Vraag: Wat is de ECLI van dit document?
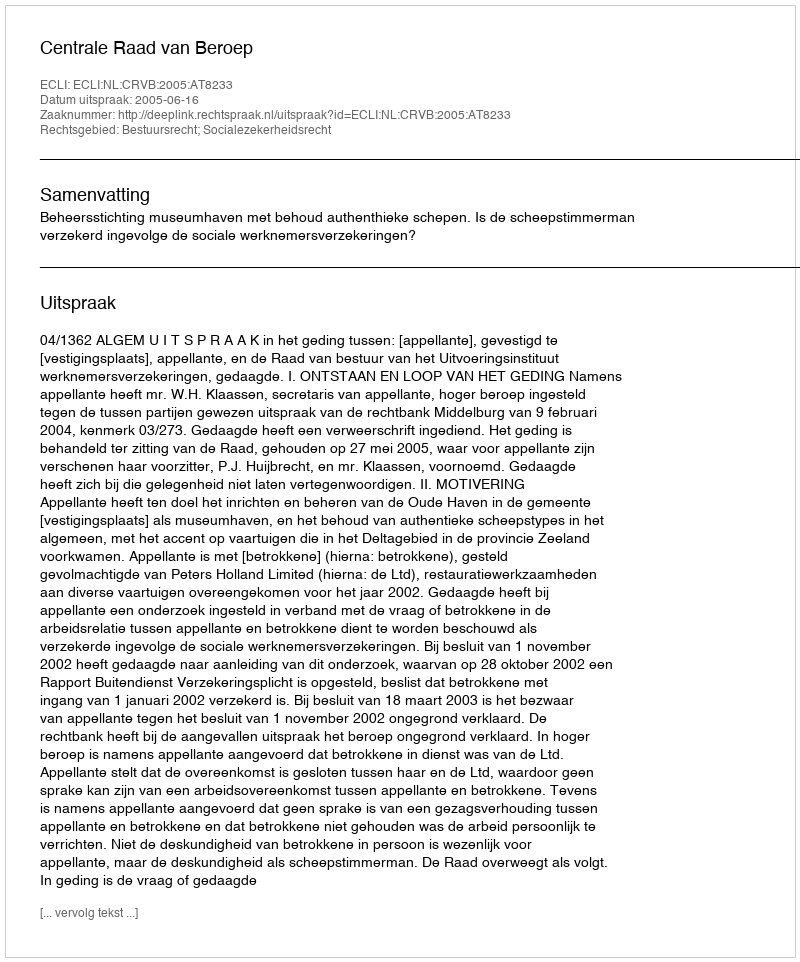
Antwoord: ECLI:NL:CRVB:2005:AT8233